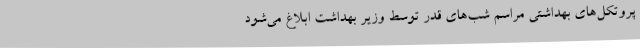
پروتکل‌های بهداشتی مراسم شب‌های قدر توسط وزیر بهداشت ابلاغ می‌شود